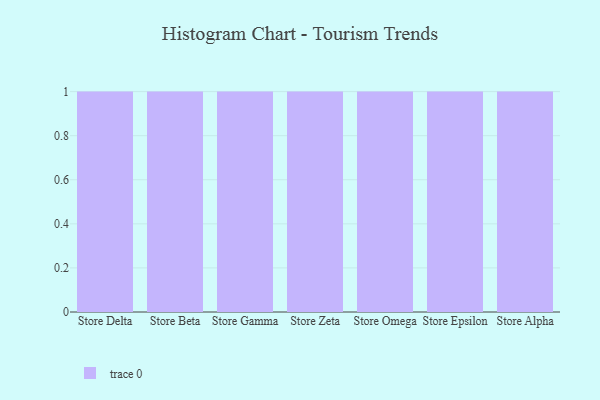
{"axis": {"x": "Store", "y": "LTV (USD)"}, "legend": [""], "data": [{"x": "Store Delta", "y": 32, "type": ""}, {"x": "Store Beta", "y": 20, "type": ""}, {"x": "Store Gamma", "y": 12, "type": ""}, {"x": "Store Zeta", "y": 9, "type": ""}, {"x": "Store Omega", "y": 70, "type": ""}, {"x": "Store Epsilon", "y": 61, "type": ""}, {"x": "Store Alpha", "y": 34, "type": ""}]}